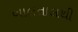
બાલતાલથી